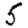
Digit: 5